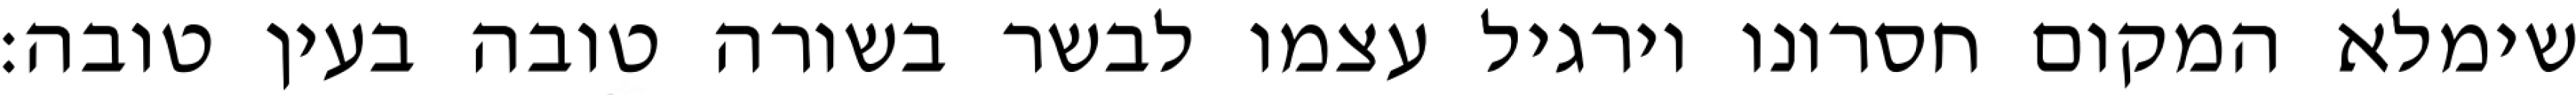
שימלא המקום חסרונו וירגיל עצמו לבשר בשורה טובה בעין טובה: